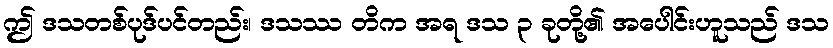
ဤ ဒသတစ်ပုဒ်ပင်တည်း၊ ဒသဿ တိက အရ ဒသ ၃ ခုတို့၏ အပေါင်းဟူသည် ဒသ